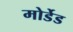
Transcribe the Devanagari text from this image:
मोर्डेड